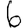
Digit: 6